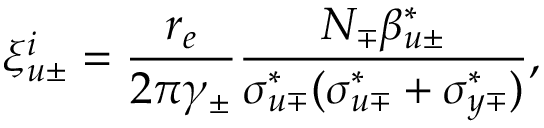
\xi _ { u \pm } ^ { i } = \frac { r _ { e } } { 2 \pi \gamma _ { \pm } } \frac { N _ { \mp } \beta _ { u \pm } ^ { * } } { \sigma _ { u \mp } ^ { * } ( \sigma _ { u \mp } ^ { * } + \sigma _ { y \mp } ^ { * } ) } ,